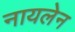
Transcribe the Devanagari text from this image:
नायलेन